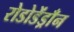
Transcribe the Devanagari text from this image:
रोडोडेंड्राँन